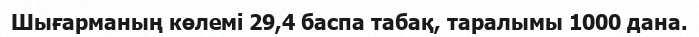
Шығарманың көлемі 29,4 баспа табақ, таралымы 1000 дана.